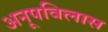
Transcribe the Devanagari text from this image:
अनूपविलास